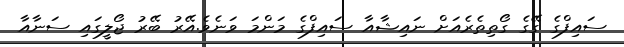
ސައިފްގެ ގޭގެ ގޯތިތެރެއަށް ނައިޝާއާ ސައިފްގެ މަންމަ ވަނެވެ.އޭރު ބޭރު ޖޯލީގައި ސަނާއާ